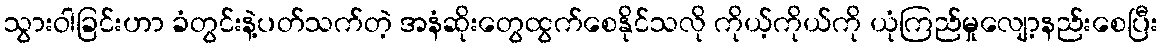
သွားဝါခြင်းဟာ ခံတွင်းနဲ့ပတ်သက်တဲ့ အနံဆိုးတွေထွက်စေနိုင်သလို ကိုယ့်ကိုယ်ကို ယုံကြည်မှုလျော့နည်းစေပြီး